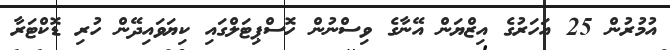
އުމުރުން 25 އަހަރުގެ އިޒްޔަން އޭނާގެ ވިސްނުން ހޮސްޕިޓަލްގައި ކިޔަވައިދޭން ހުރި ޑޮކްޓަރާ